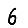
Digit: 6